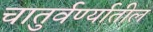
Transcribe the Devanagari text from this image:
चातुर्वर्ण्यातील